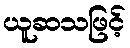
ယူဆသဖြင့်